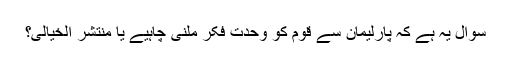
سوال یہ ہے کہ پارلیمان سے قوم کو وحدت فکر ملنی چاہیے یا منتشر الخیالی؟